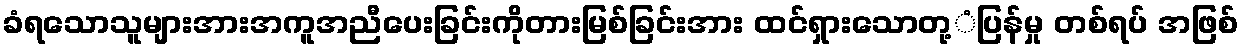
ခံရသောသူများအားအကူအညီပေးခြင်းကိုတားမြစ်ခြင်းအား ထင်ရှားသောတု့ံပြန်မှု တစ်ရပ် အဖြစ်